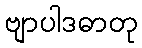
ဗျာပါဒဓာတု